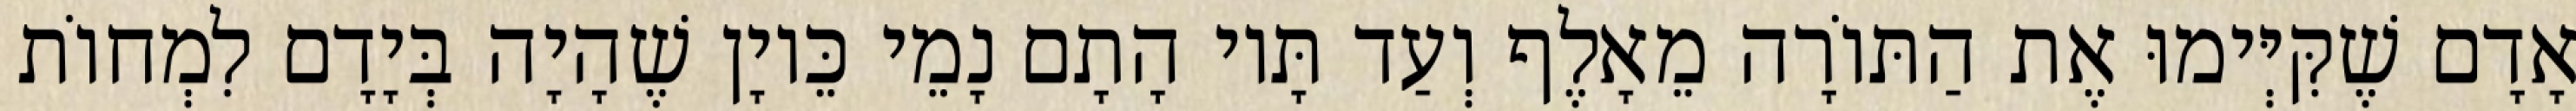
אָדָם שֶׁקִּיְּימוּ אֶת הַתּוֹרָה מֵאָלֶף וְעַד תָּיו הָתָם נָמֵי כֵּיוָן שֶׁהָיָה בְּיָדָם לִמְחוֹת